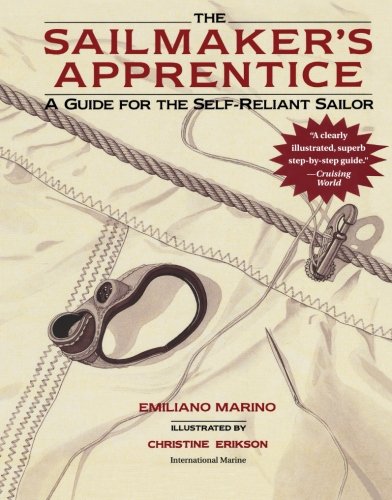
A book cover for Sailmaker's Apprentice; Emiliano Marino; Sports & Outdoors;